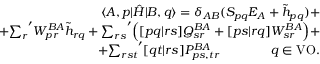
\begin{array} { r l r } & { } & { \langle A , p | \hat { H } | B , q \rangle = \delta _ { A B } ( S _ { p q } E _ { A } + \tilde { h } _ { p q } ) + } \\ & { } & { + { \sum _ { r } } ^ { \prime } W _ { p r } ^ { B A } \tilde { h } _ { r q } + { \sum _ { r s } } ^ { \prime } \Big ( [ p q | r s ] Q _ { s r } ^ { B A } + [ p s | r q ] W _ { s r } ^ { B A } \Big ) + } \\ & { } & { + { \sum _ { r s t } } ^ { \prime } [ q t | r s ] P _ { p s , t r } ^ { B A } \qquad \qquad q \in \mathrm { V O } . } \end{array}